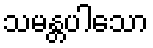
သမန္တပါသော